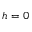
h = 0